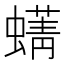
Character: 𫋛